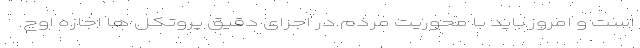
است و امروز باید با محوریت مردم در اجرای دقیق پروتکل ها اجازه اوج